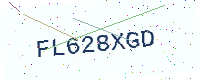
Text: FL628XGD